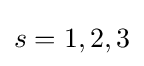
s=1,2,3